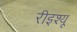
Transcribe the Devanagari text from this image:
रीइश्यू